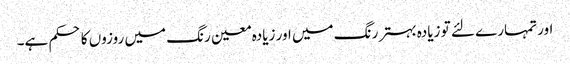
اور تمہارے لئے تو زیادہ بہتر رنگ میں اور زیادہ معین رنگ میں روزوں کا حکم ہے۔